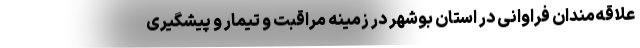
علاقه‌مندان فراوانی در استان بوشهر در زمینه مراقبت و تیمار و پیشگیری